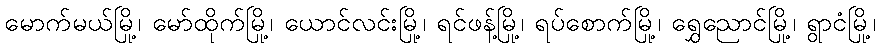
မောက်မယ်မြို့၊ မော်ထိုက်မြို့၊ ယောင်လင်းမြို့၊ ရင်ဖန့်မြို့၊ ရပ်စောက်မြို့၊ ရွှေညောင်မြို့၊ ရွာငံမြို့၊